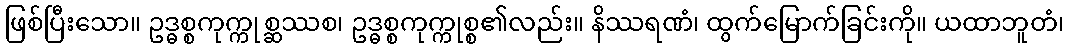
ဖြစ်ပြီးသော။ ဥဒ္ဓစ္စကုက္ကုစ္ဆဿစ၊ ဥဒ္ဓစ္စကုက္ကုစ္စ၏လည်း။ နိဿရဏံ၊ ထွက်မြောက်ခြင်းကို။ ယထာဘူတံ၊